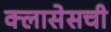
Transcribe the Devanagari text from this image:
क्लासेसची